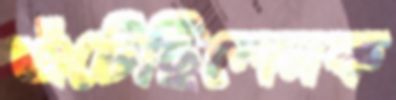
এঁটেছিলেনক